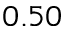
0 . 5 0